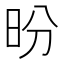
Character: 昐